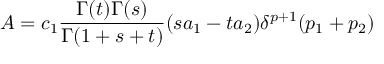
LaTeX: { \cal { A } } = c _ { 1 } \frac { \Gamma ( t ) \Gamma ( s ) } { \Gamma ( 1 + s + t ) } ( s a _ { 1 } - t a _ { 2 } ) \delta ^ { p + 1 } ( p _ { 1 } + p _ { 2 } )